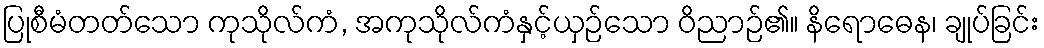
ပြုစီမံတတ်သော ကုသိုလ်ကံ, အကုသိုလ်ကံနှင့်ယှဉ်သော ဝိညာဉ်၏။ နိရောဓေန၊ ချုပ်ခြင်း